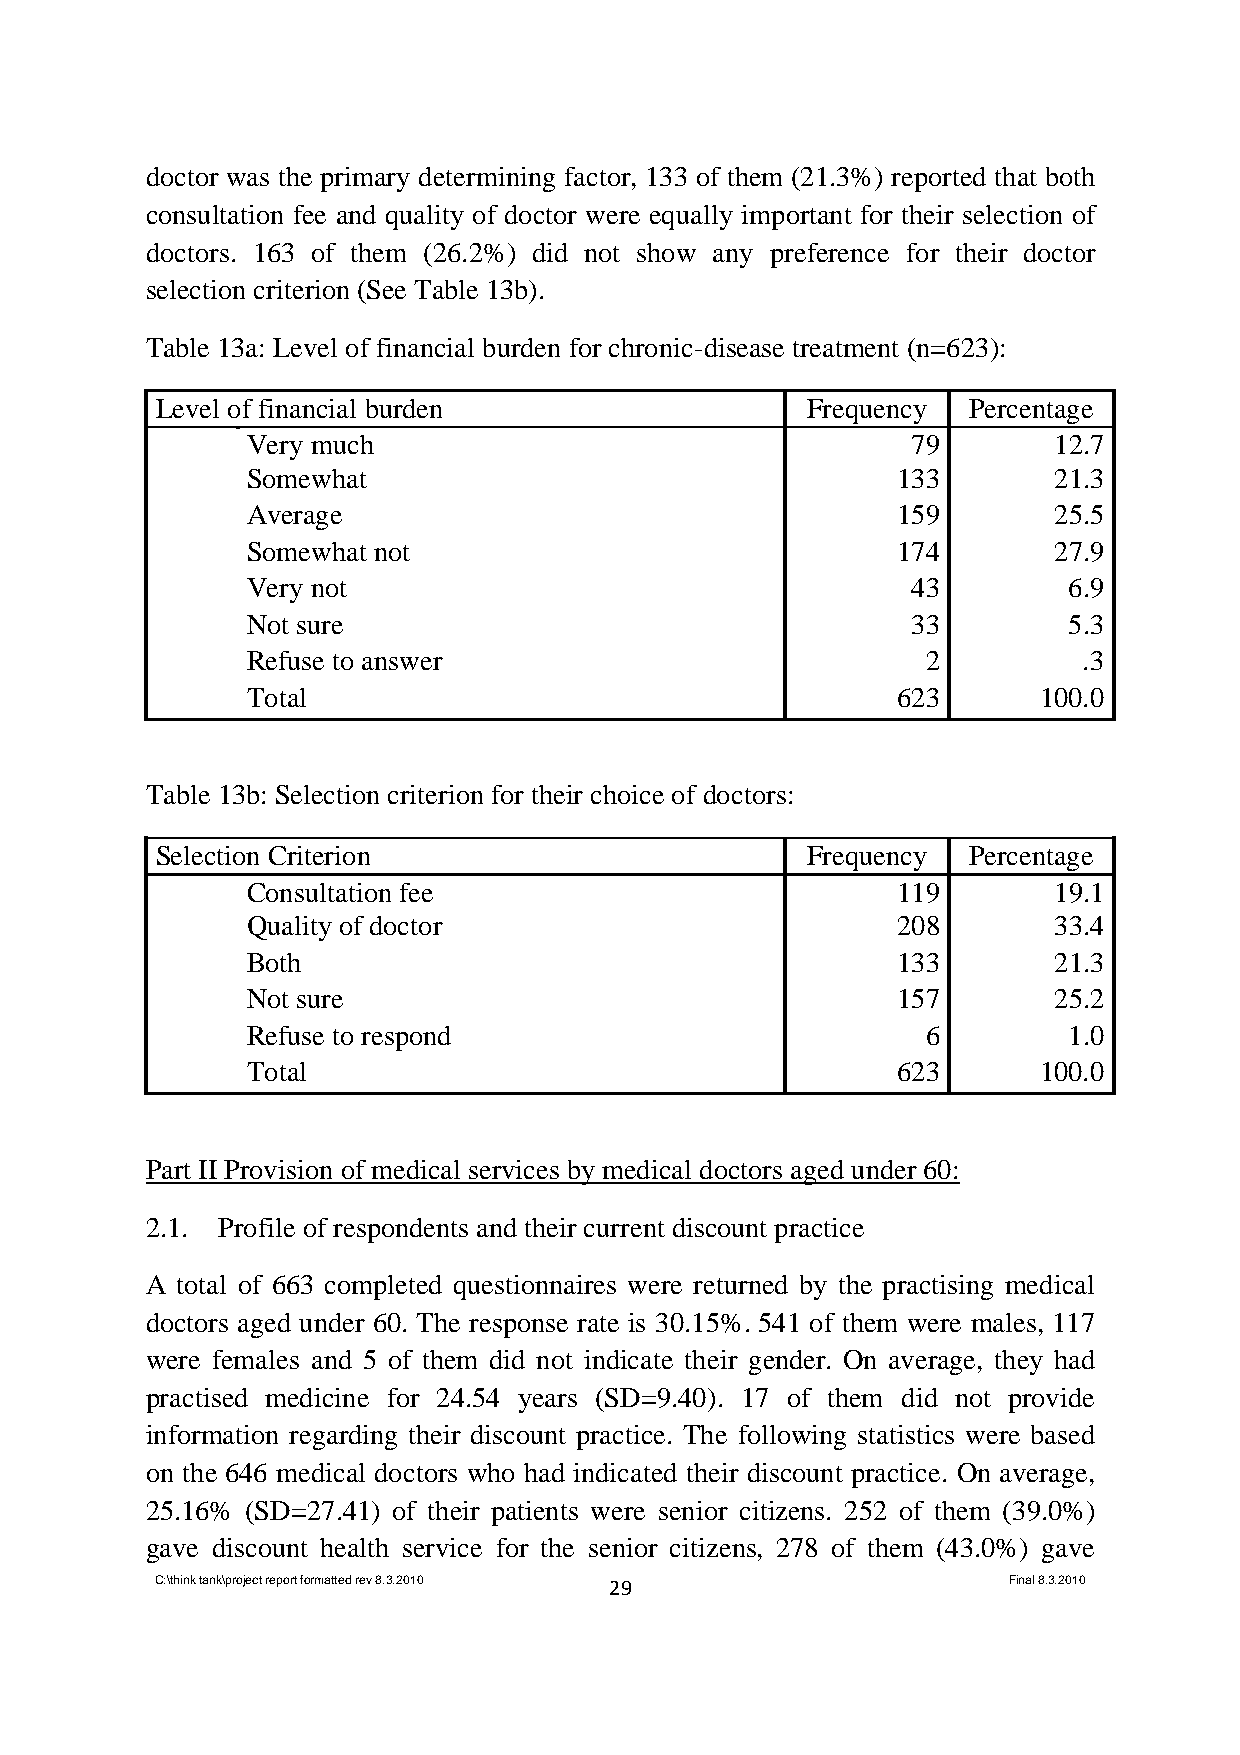
doctor was the primary determining factor, 133 of them (21.3%) reported that both
 consultation fee and quality of doctor were equally important for their selection of
 doctors. 163 of them (26.2%) did not show any preference for their doctor
 selection criterion (See Table 13b).
 Table 13a: Level of financial burden for chronic-disease treatment (n=623):
 Level of financial burden                  Frequency  Percentage
 Very much                                   79        12.7
 Somewhat                                   133        21.3
 Average                                    159        25.5
 Somewhat not                               174        27.9
 Very not                                    43         6.9
 Not sure                                    33         5.3
 Refuse to answer                             2          .3
 Total                                      623       100.0
 Table 13b: Selection criterion for their choice of doctors:
 Selection Criterion                        Frequency  Percentage
 Consultation fee                           119        19.1
 Quality of doctor                          208        33.4
 Both                                       133        21.3
 Not sure                                   157        25.2
 Refuse to respond                            6         1.0
 Total                                      623       100.0
 Part II Provision of medical services by medical doctors aged under 60:
 2.1. Profile of respondents and their current discount practice
 A total of 663 completed questionnaires were returned by the practising medical
 doctors aged under 60. The response rate is 30.15%. 541 of them were males, 117
 were females and 5 of them did not indicate their gender. On average, they had
 practised medicine for 24.54 years (SD=9.40). 17 of them did not provide
 information regarding their discount practice. The following statistics were based
 on the 646 medical doctors who had indicated their discount practice. On average,
 25.16% (SD=27.41) of their patients were senior citizens. 252 of them (39.0%)
 gave discount health service for the senior citizens, 278 of them (43.0%) gave
 C:\think tank\project report formatted rev 8.3.2010 29   Final 8.3.2010